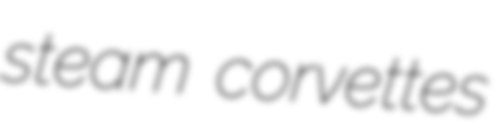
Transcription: steam corvettes